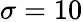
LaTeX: \sigma=10